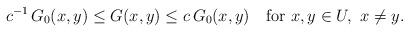
LaTeX: \begin{align*}c^{-1}\,G_0(x,y)\leq G(x,y)\leq c\,G_0(x,y) \quad\hbox{for}\ x,y\in U, \ x\not=y.\end{align*}